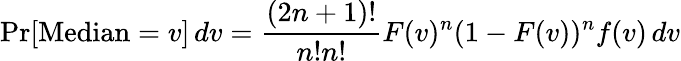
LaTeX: \operatorname*{Pr}[\operatorname{Median}=v]\, dv={\frac{(2n+1)!}{n!n!}}F(v)^{n}(1-F(v))^{n}f(v)\, dv